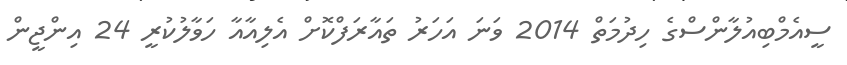
ސީއެމްބިއުލާންސްގެ ހިދުމަތް 2014 ވަނަ އަހަރު ތައާރަފްކޮށް އެލިއާއާ ހަވާލުކުރީ 24 އިންޖީން